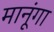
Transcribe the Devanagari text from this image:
मानूंगा